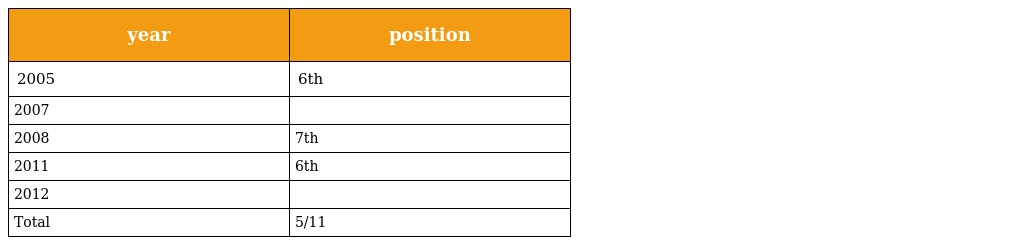
| year | position |
 | --- | --- |
 | 2005 | 6th |
 | 2007 |  |
 | 2008 | 7th |
 | 2011 | 6th |
 | 2012 |  |
 | Total | 5/11 |